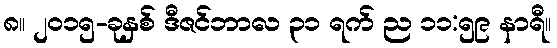
၈။ ၂၀၁၅-ခုနှစ် ဒီဇင်ဘာလ ၃၁ ရက် ည ၁၁:၅၉ နာရီ။